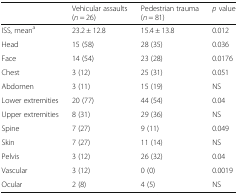
<table><thead><tr><td></td><td><b>Vehicular assaults (<i>n</i> = 26)</b></td><td><b>Pedestrian trauma (<i>n</i> = 81)</b></td><td><b><i>p</i> value</b></td></tr></thead><tbody><tr><td>ISS, mean<sup>a</sup></td><td>23.2 ± 12.8</td><td>15.4 ± 13.8</td><td>0.012</td></tr><tr><td>Head</td><td>15 (58)</td><td>28 (35)</td><td>0.036</td></tr><tr><td>Face</td><td>14 (54)</td><td>23 (28)</td><td>0.0176</td></tr><tr><td>Chest</td><td>3 (12)</td><td>25 (31)</td><td>0.051</td></tr><tr><td>Abdomen</td><td>3 (11)</td><td>15 (19)</td><td>NS</td></tr><tr><td>Lower extremities</td><td>20 (77)</td><td>44 (54)</td><td>0.04</td></tr><tr><td>Upper extremities</td><td>8 (31)</td><td>29 (36)</td><td>NS</td></tr><tr><td>Spine</td><td>7 (27)</td><td>9 (11)</td><td>0.049</td></tr><tr><td>Skin</td><td>7 (27)</td><td>11 (14)</td><td>NS</td></tr><tr><td>Pelvis</td><td>3 (12)</td><td>26 (32)</td><td>0.04</td></tr><tr><td>Vascular</td><td>3 (12)</td><td>0 (0)</td><td>0.0019</td></tr><tr><td>Ocular</td><td>2 (8)</td><td>4 (5)</td><td>NS</td></tr></tbody></table>